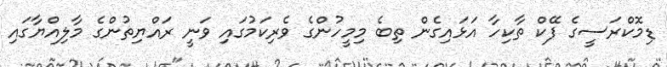
ޑިމޮކްރަސީގެ ފޭކް ތާކިހާ އަޅައިގެން ތިބެ މިމީހުންގެ ވެރިކަމުގައި ވަނީ ރައްޔިތުންގެ މާލިއްޔާގައި